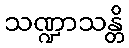
သဏ္ဍာသန္တိ